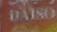
daiso